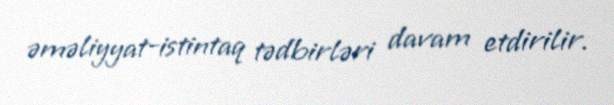
əməliyyat-istintaq tədbirləri davam etdirilir.